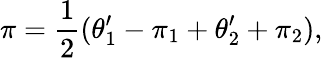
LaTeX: \pi={\frac{1}{2}}(\theta_{1}^{\prime}-\pi_{1}+\theta_{2}^{\prime}+\pi_{2}),